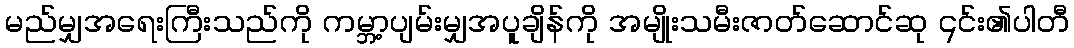
မည်မျှအရေးကြီးသည်ကို ကမ္ဘာ့ပျမ်းမျှအပူချိန်ကို အမျိုးသမီးဇာတ်ဆောင်ဆု ၎င်း၏ပါတီ